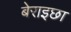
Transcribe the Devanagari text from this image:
बेराइछा